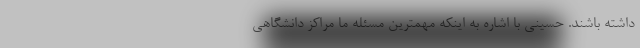
داشته باشند. حسینی با اشاره به اینکه مهمترین مسئله ما مراکز دانشگاهی